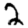
Digit: 2